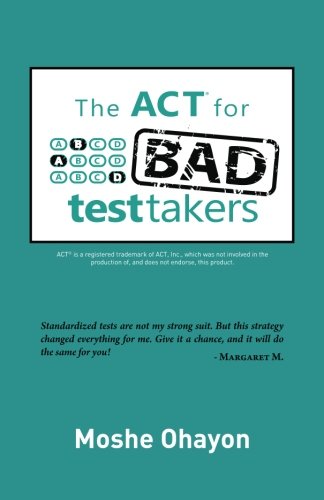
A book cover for The ACT for Bad Test Takers; Moshe Ohayon; Test Preparation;